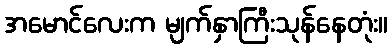
အမောင်လေးက မျက်နှာကြီးသုန်နေတုံး။